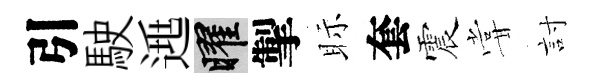
引駛𨓱曜掣眎套震甞討